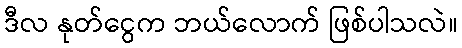
ဒီလ နုတ်ငွေက ဘယ်လောက် ဖြစ်ပါသလဲ။